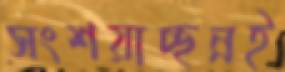
সংশয়াচ্ছন্নই